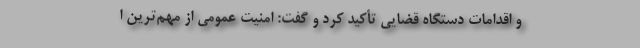
و اقدامات دستگاه قضایی تأکید کرد و گفت: امنیت عمومی از مهم‌ترین ا